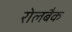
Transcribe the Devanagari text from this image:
रोलबैक